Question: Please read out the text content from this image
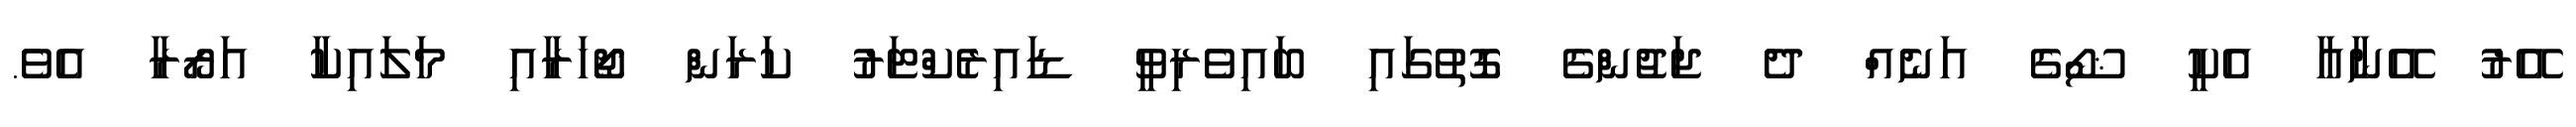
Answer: އޭރު އޭނާއާ އެކީ ޝޯގެ އަނެއް ދެ ޖަޖުންގެ ގޮތުގައި ބައިވެރިވީ ޑައިރެކްޓަރު ކަރަން ޖޯހަރާއި މަލައިކާ އަރޯރާ އެވެ.